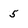
Character: 5